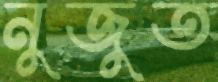
নুজুত